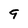
Character: 9